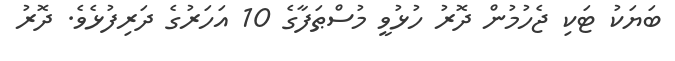
ބަޔަކު ޓަކި ޖެހުމުން ދޮރު ހުޅުވީ މުސްޠަފާގެ 10 އަހަރުގެ ދަރިފުޅެވެ. ދޮރު